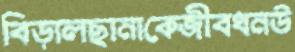
বিড়ালছানাকেজীবধনউ